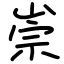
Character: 崇